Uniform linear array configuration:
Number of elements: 64
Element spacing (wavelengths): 0.75
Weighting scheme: binomial
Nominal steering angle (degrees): -30
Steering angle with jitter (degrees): -28.668
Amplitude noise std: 0.05
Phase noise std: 0.05

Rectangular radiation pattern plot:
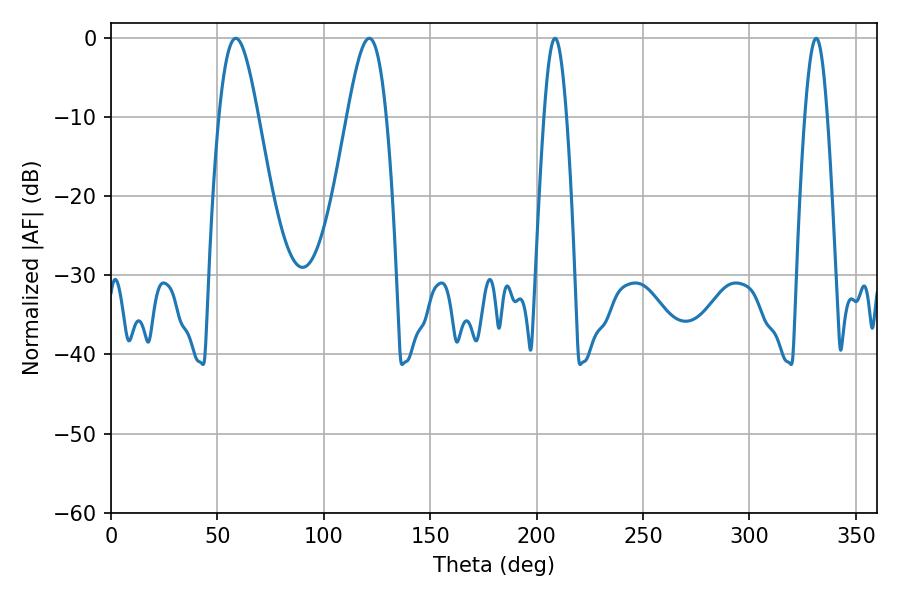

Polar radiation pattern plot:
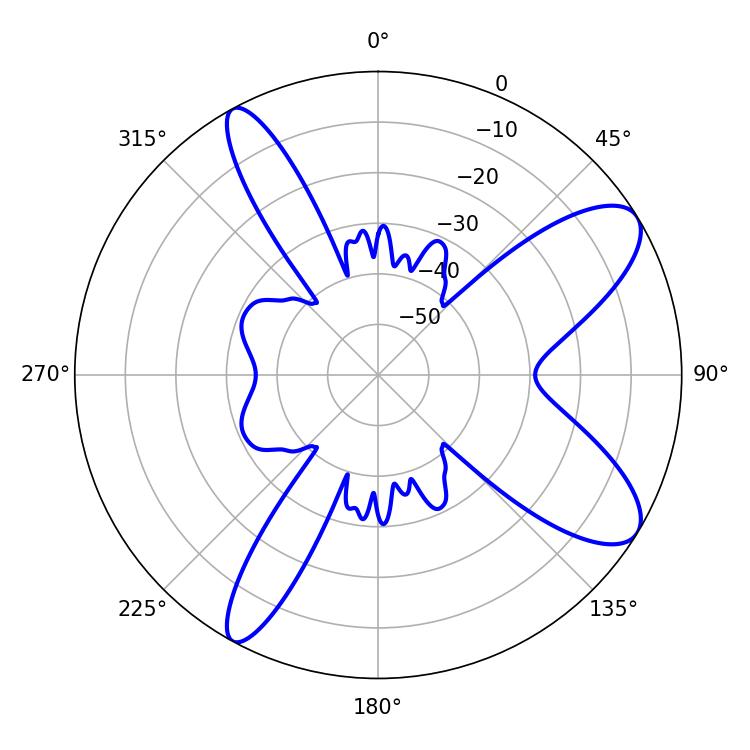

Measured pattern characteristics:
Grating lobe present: TRUE
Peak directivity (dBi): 9.573
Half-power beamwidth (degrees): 9.72
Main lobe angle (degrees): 58.68